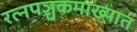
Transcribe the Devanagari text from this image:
रत्‍नपञ्चकमाख्यातं